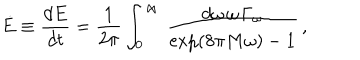
\dot { E } \equiv { \frac { d E } { d t } } = { \frac { 1 } { 2 \pi } } \int _ { 0 } ^ { \infty } \, { \frac { d \omega \, \omega \, \Gamma _ { \omega } } { \exp ( 8 \pi M \omega ) - 1 } } \, ,